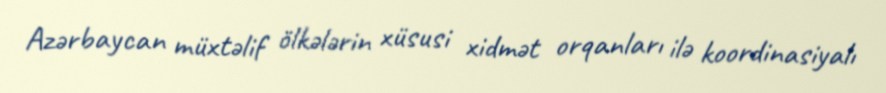
Azərbaycan müxtəlif ölkələrin xüsusi xidmət orqanları ilə koordinasiyalı